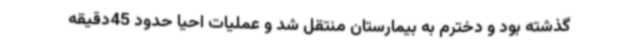
گذشته بود و دخترم به بیمارستان منتقل شد و عملیات احیا حدود 45دقیقه